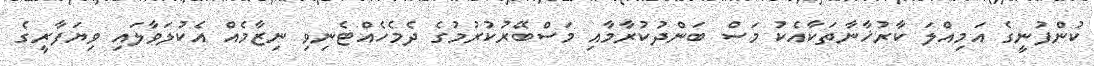
ކުންފުނީގެ އަމިއްލަ ކާރުޚާނާތަކާއެކު މަސް ބަންދުކުރާމާއި މަސްބޭރުކުރުމުގެ ދެމެހެއްޓެނިވި ނިޒާމެއް އެކުލަވާލައި ވިޔަފާރީގެ